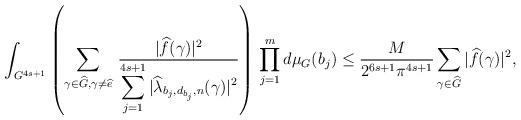
LaTeX: \begin{align*}&\int_{G^{4s+1}}\left(\sum_{\gamma\in {\widehat G}, \gamma\ne {\widehat e}}\,\frac{|{\widehat f}(\gamma)|^2}{\displaystyle\sum_{j=1}^{4s+1}|{\widehat \lambda_{b_j,d_{b_j},n}}(\gamma)|^2}\right)\,\prod_{j=1}^md\mu_G(b_j)\le \frac{M}{2^{6s+1}\pi^{4s+1}}\sum_{\gamma\in {\widehat G}}|{\widehat f}(\gamma)|^2, \end{align*}